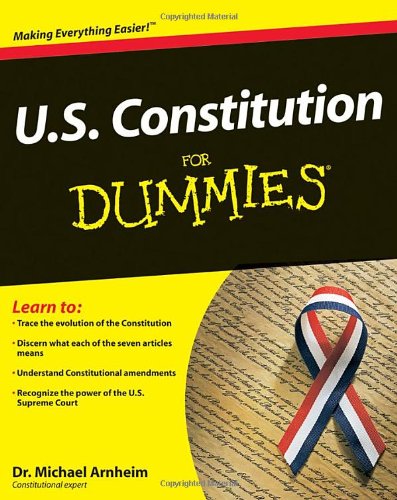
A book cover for U.S. Constitution For Dummies; Michael Arnheim; Law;